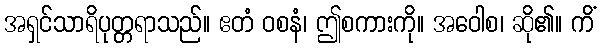
အရှင်သာရိပုတ္တရာသည်။ ဧတံ ဝစနံ၊ ဤစကားကို။ အဝေါစ၊ ဆို၏။ ကိံ